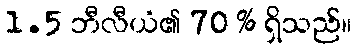
1.5 ဘီလီယံ၏ 70 % ရှိသည်။